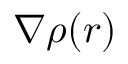
\nabla \rho ( r )